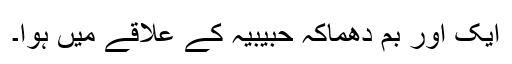
ایک اور بم دھماکہ حبیبیہ کے علاقے میں ہوا۔